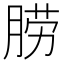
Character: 𦛨